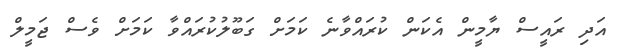
އަދި ރައީސް ޔާމީން އެކަން ކުރައްވާނެ ކަމަށް ގަބޫލުކުރައްވާ ކަމަށް ވެސް ޖަމީލް